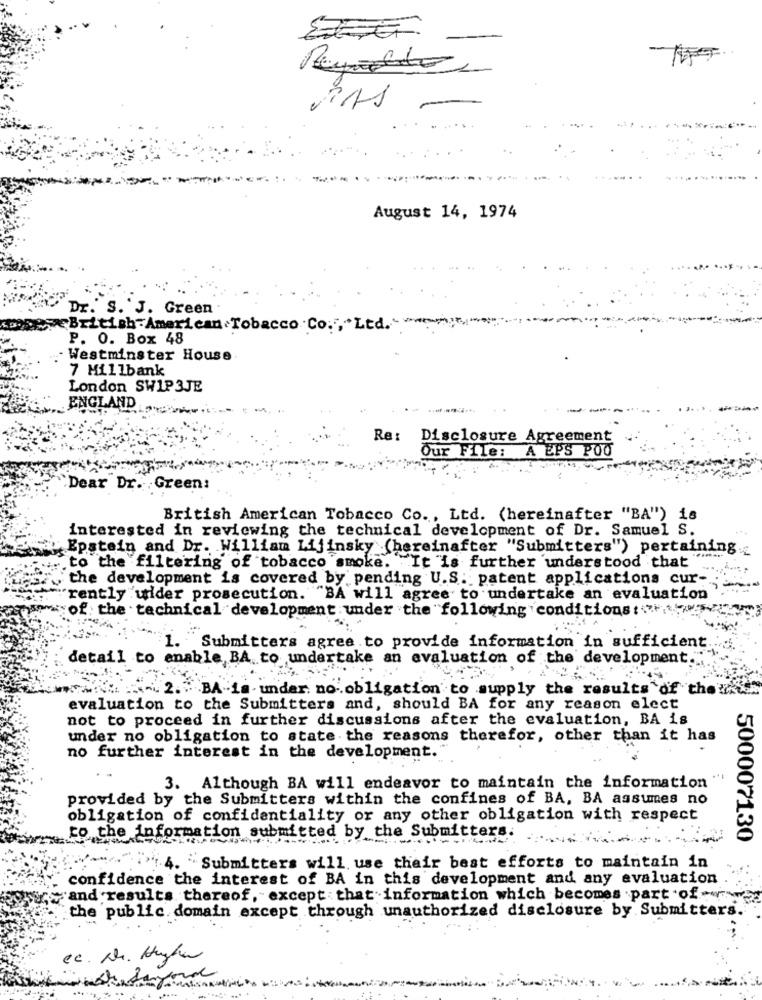
PAS -
August 14, 1974
s.
J. Green
British American Tobacco .Co. , Ltd."
P. O. Box 48
Westminster House
7 Millbank
London SW1P3JE
ENGLAND
Re: Disclosure Agreement
Our File: A EPS POO
`Dear Dr. , Green:
British American Tobacco Co ., Ltd. (hereinafter "BA") is
interested in reviewing the technical development of Dr. Samuel S.
Epstein and Dr. William Lijinsky (hereinafter "Submitters") pertaining.
to the filtering of tobacco smoke. It is further understood that
the development is covered by pending U.S. patent applications cur-
rently uider prosecution. "BA will agree to undertake an evaluation
of the technical development under the following conditions:
1. Submitters agree to provide information in sufficient.
detail to enable BA to undertake an evaluation of the development."
2." BA-is. under no obligation to supply the results of the?
evaluation to the Submitters and, should BA for any reason elect
not to proceed in further discussions after the evaluation, BA is
under no obligation to state the reasons therefor, other than it has
no further interest in the development."
3. Although BA will endeavor to maintain the information
provided by the Submitters within the confines of BA, BA assumes no
obligation of confidentiality or any other obligation with respect
to the information submitted by the Submitters.
500007130
4. Submitters will use their best efforts to maintain in
confidence the interest of BA in this development and any evaluation
"and results thereof, except that information which becomes part .of. ..
the public domain except through unauthorized disclosure by Submitters.
Cc. Dr. Hughes